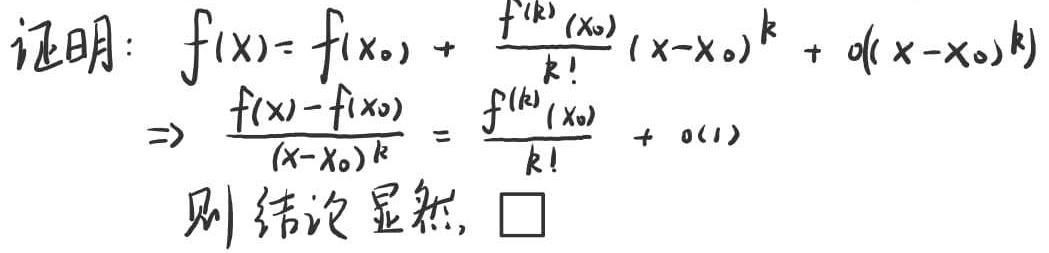
证明：
\[
\begin{align*}
f(x)&=f(x_0)+\frac{f^{(k)}(x_0)}{k!}(x - x_0)^k+o((x - x_0)^k)\\
\Rightarrow \frac{f(x)-f(x_0)}{(x - x_0)^k}&=\frac{f^{(k)}(x_0)}{k!}+o(1)
\end{align*}
\]
则结论显然，$\square$